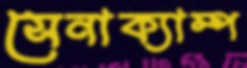
সেনাক্যাম্প